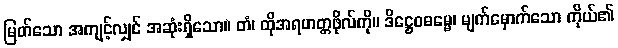
မြတ်သော အကျင့်လျှင် အဆုံးရှိသော။ တံ၊ ထိုအရဟတ္တဖိုလ်ကို။ ဒိဋ္ဌေဝဓမ္မေ၊ မျက်မှောက်သော ကိုယ်၏